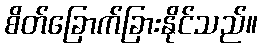
စိတ်ခြောက်ခြားနိုင်သည်။